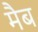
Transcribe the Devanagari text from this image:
मैब